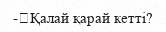
-	Қалай қарай кетті?